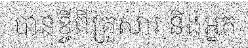
បានខ្ចីពីគ្រួសារ និងអ្នក